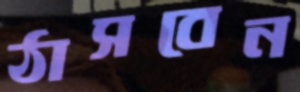
ঠাসবেন